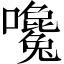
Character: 嚵